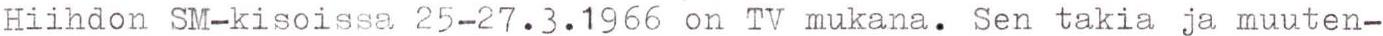
Hiihdon SM-kisoissa 25-27.3.1966 on Tv mukana. Sen takia ja muuten-